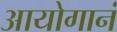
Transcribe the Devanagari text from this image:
आयोगानं